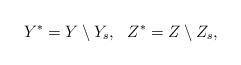
LaTeX: \begin{align*}Y^{\ast}=Y\setminus Y_{s},\ \ Z^{\ast}=Z\setminus Z_{s},\end{align*}